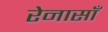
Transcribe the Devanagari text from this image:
रेनासाँ